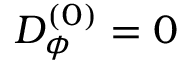
D _ { \phi } ^ { ( 0 ) } = 0